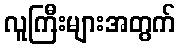
လူကြီးများအတွက်